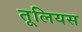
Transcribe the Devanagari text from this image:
तूलियस